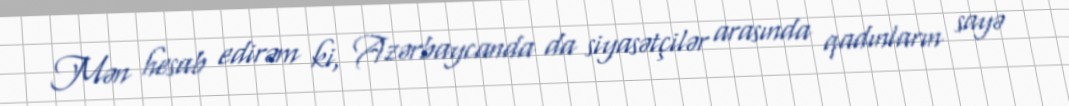
Mən hesab edirəm ki, Azərbaycanda da siyasətçilər arasında qadınların sayə